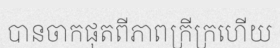
បានចាកផុតពីភាពក្រីក្រហើយ